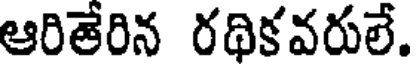
ఆరితేరిన రథికవరులే.